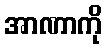
အာဏာကို